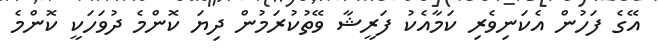
އޭގެ ފަހުން އެކަނިވެރި ކަމާއެކު ފަރީޝާ ވޭތުކުރަމުން ދިޔަ ކޮންމެ ދުވަހަކީ ކޮންމެ